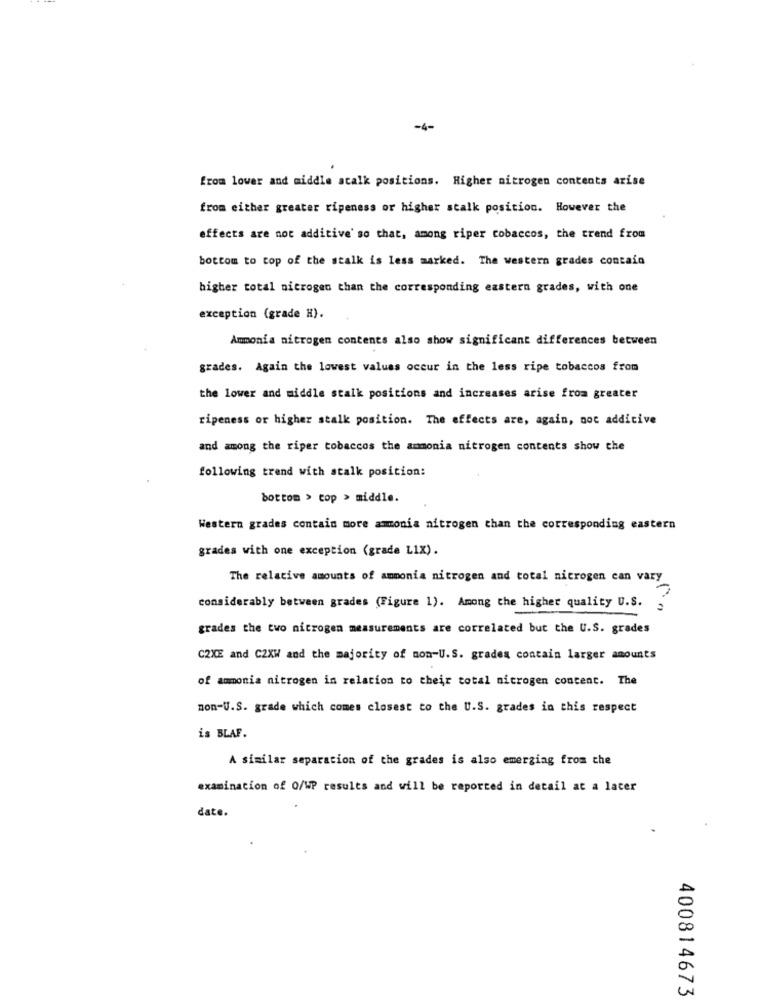
-4-
from lower and middle atalk positions. Higher nitrogen contents arise
from either greater ripeness or higher stalk position. However the
effects are not additive' so that, among riper tobaccos, the trend from
bottom to top of the stalk is less marked. The western grades contain
higher total nitrogen than the corresponding eastern grades, with one
exception (grade H).
Ammonia nitrogen contents also show significant differences between
grades. Again the lowest values occur in the less ripe tobaccos from
the lower and middle stalk positions and increases arise from greater
ripeness or higher stalk position. The effects are, again, not additive
and among the riper tobaccos the ammonia nitrogen contents show che
following trend with stalk position:
bottom > cop > middle.
Western grades contain more amonia nitrogen than the corresponding eastern
grades with one exception (grade LIX).
The relative amounts of ammonia nitrogen and total nitrogen can vary
considerably between grades (Figure 1). Among the higher quality U.S.
grades the two nitrogen measurements are correlated but the U.S. grades
C2XE and C2XW and the majority of non-U.S. grades contain larger amounts
of ammonia nitrogen in relation to their total nitrogen content. The
non-U.S. grade which comes closest to the U.S. grades in this respect
is BLAF.
A similar separation of the grades is also emerging from the
examination of O/WP results and will be reported in detail at a later
date.
400814673